Lyperosia minuta, Bezzi - Number 59
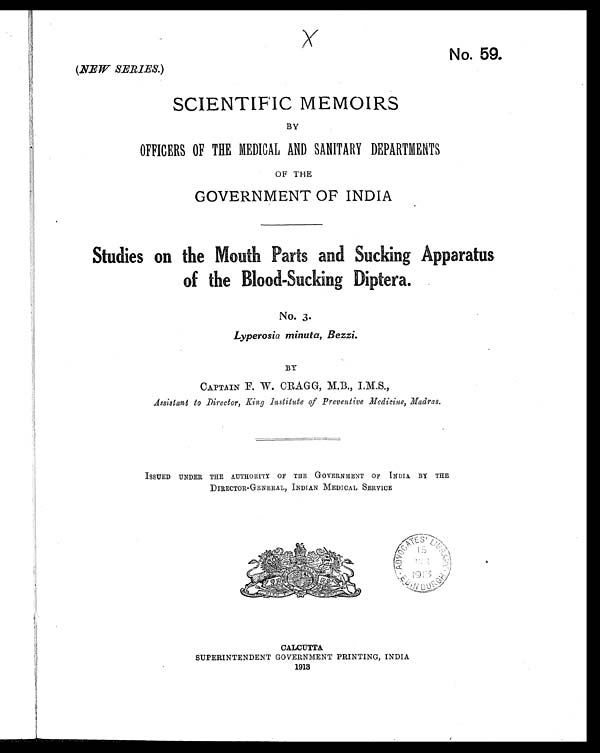
No. 59.
(NEW SERIES. )
SCIENTIFIC MEMOIRS
BY
OFFICERS OF THE MEDICAL AND SANITARY DEPARTMENTS
OF THE
GOVERNMENT OF INDIA
Studies on the Mouth Parts and Sucking Apparatus
of the Blood-Sucking Diptera.
No. 3.
Lyperosia minute, Bezzi.
BY
CAPTAIN F. W. CRAGG, M.B., I.M.S.,
Assistant to Director, King Institute of Preventive Medicine, Madras.
ISSUED UNDER THE AUTHORITY OF THE GOVERNMENT OF INDIA BY THE
DIRECTOR-GENERAL, INDIAN MEDICAL SERVICE
CALCUTTA
SUPERINTENDENT GOVERNMENT PRINTING, INDIA
1913